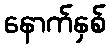
နောက်နှစ်